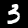
Label: 3